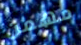
مهمن